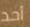
أحد